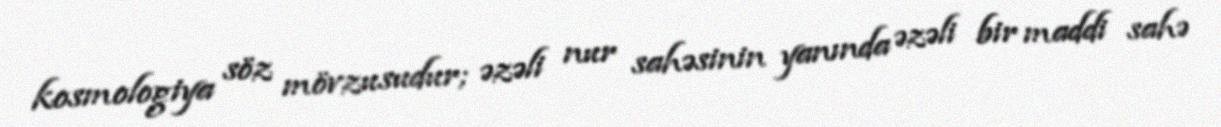
kosmologiya söz mövzusudur; əzəli nur sahəsinin yanında əzəli bir maddi sahə